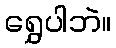
ရွှေပါဘဲ။